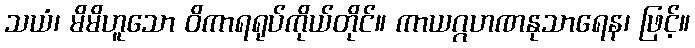
သယံ၊ မိမိဟူသော ဝိကာရရုပ်ကိုယ်တိုင်။ ကာယဂ္ဂဟဏနုသာရေန၊ ဖြင့်။